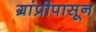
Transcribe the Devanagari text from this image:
ग्रांप्रीपासून